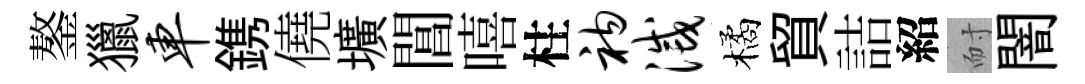
鏊獵车鎸僥壙閶嘻柱衲灭橘貿詰紹耐闇